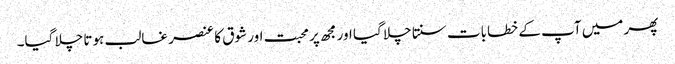
پھر میں آپ کے خطابات سنتا چلا گیا اور مجھ پر محبت اور شوق کا عنصر غالب ہوتا چلا گیا۔